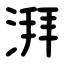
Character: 湃